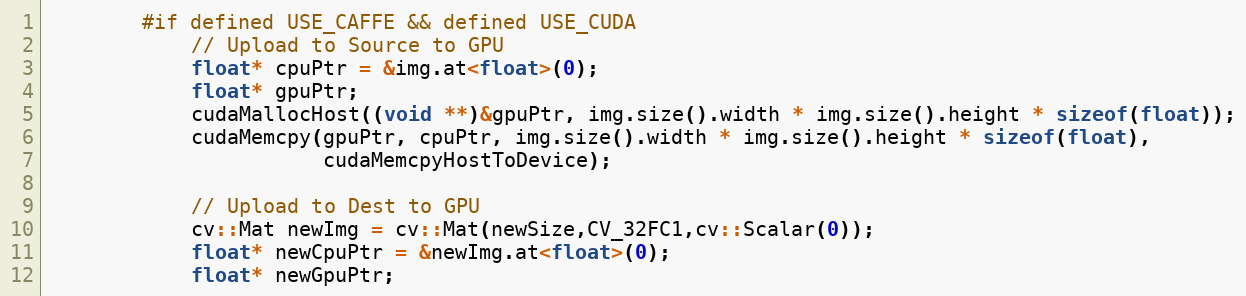
Language: C++
        #if defined USE_CAFFE && defined USE_CUDA
            // Upload to Source to GPU
            float* cpuPtr = &img.at<float>(0);
            float* gpuPtr;
            cudaMallocHost((void **)&gpuPtr, img.size().width * img.size().height * sizeof(float));
            cudaMemcpy(gpuPtr, cpuPtr, img.size().width * img.size().height * sizeof(float),
                       cudaMemcpyHostToDevice);

            // Upload to Dest to GPU
            cv::Mat newImg = cv::Mat(newSize,CV_32FC1,cv::Scalar(0));
            float* newCpuPtr = &newImg.at<float>(0);
            float* newGpuPtr;